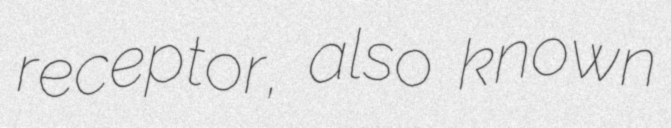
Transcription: receptor, also known